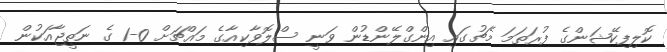
ކޮލިފިކޭޝަންގެ ފުރަތަމަ މެޗުގައި އިންގްލޭންޑުން ވަނީ ސްލޮވާކިއާގެ މައްޗަށް 0-1 ގެ ނަތީޖާއަކުން